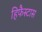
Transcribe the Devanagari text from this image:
हिफैस्टास